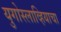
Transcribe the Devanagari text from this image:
युगोस्लाव्हियाचा